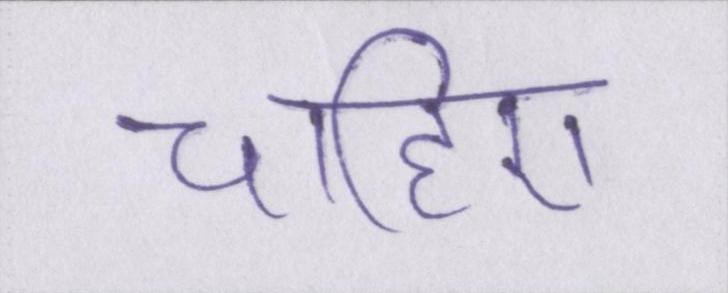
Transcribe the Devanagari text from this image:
चाहिए